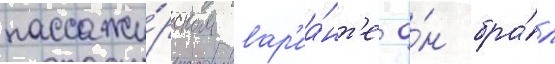
пассажи́рском вар'иа́нт'е о́н бра́л